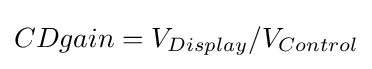
CDgain=V_{Display}/V_{Control}